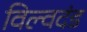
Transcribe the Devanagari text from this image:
विल्वदंड